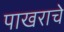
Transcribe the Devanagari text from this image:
पाखराचे